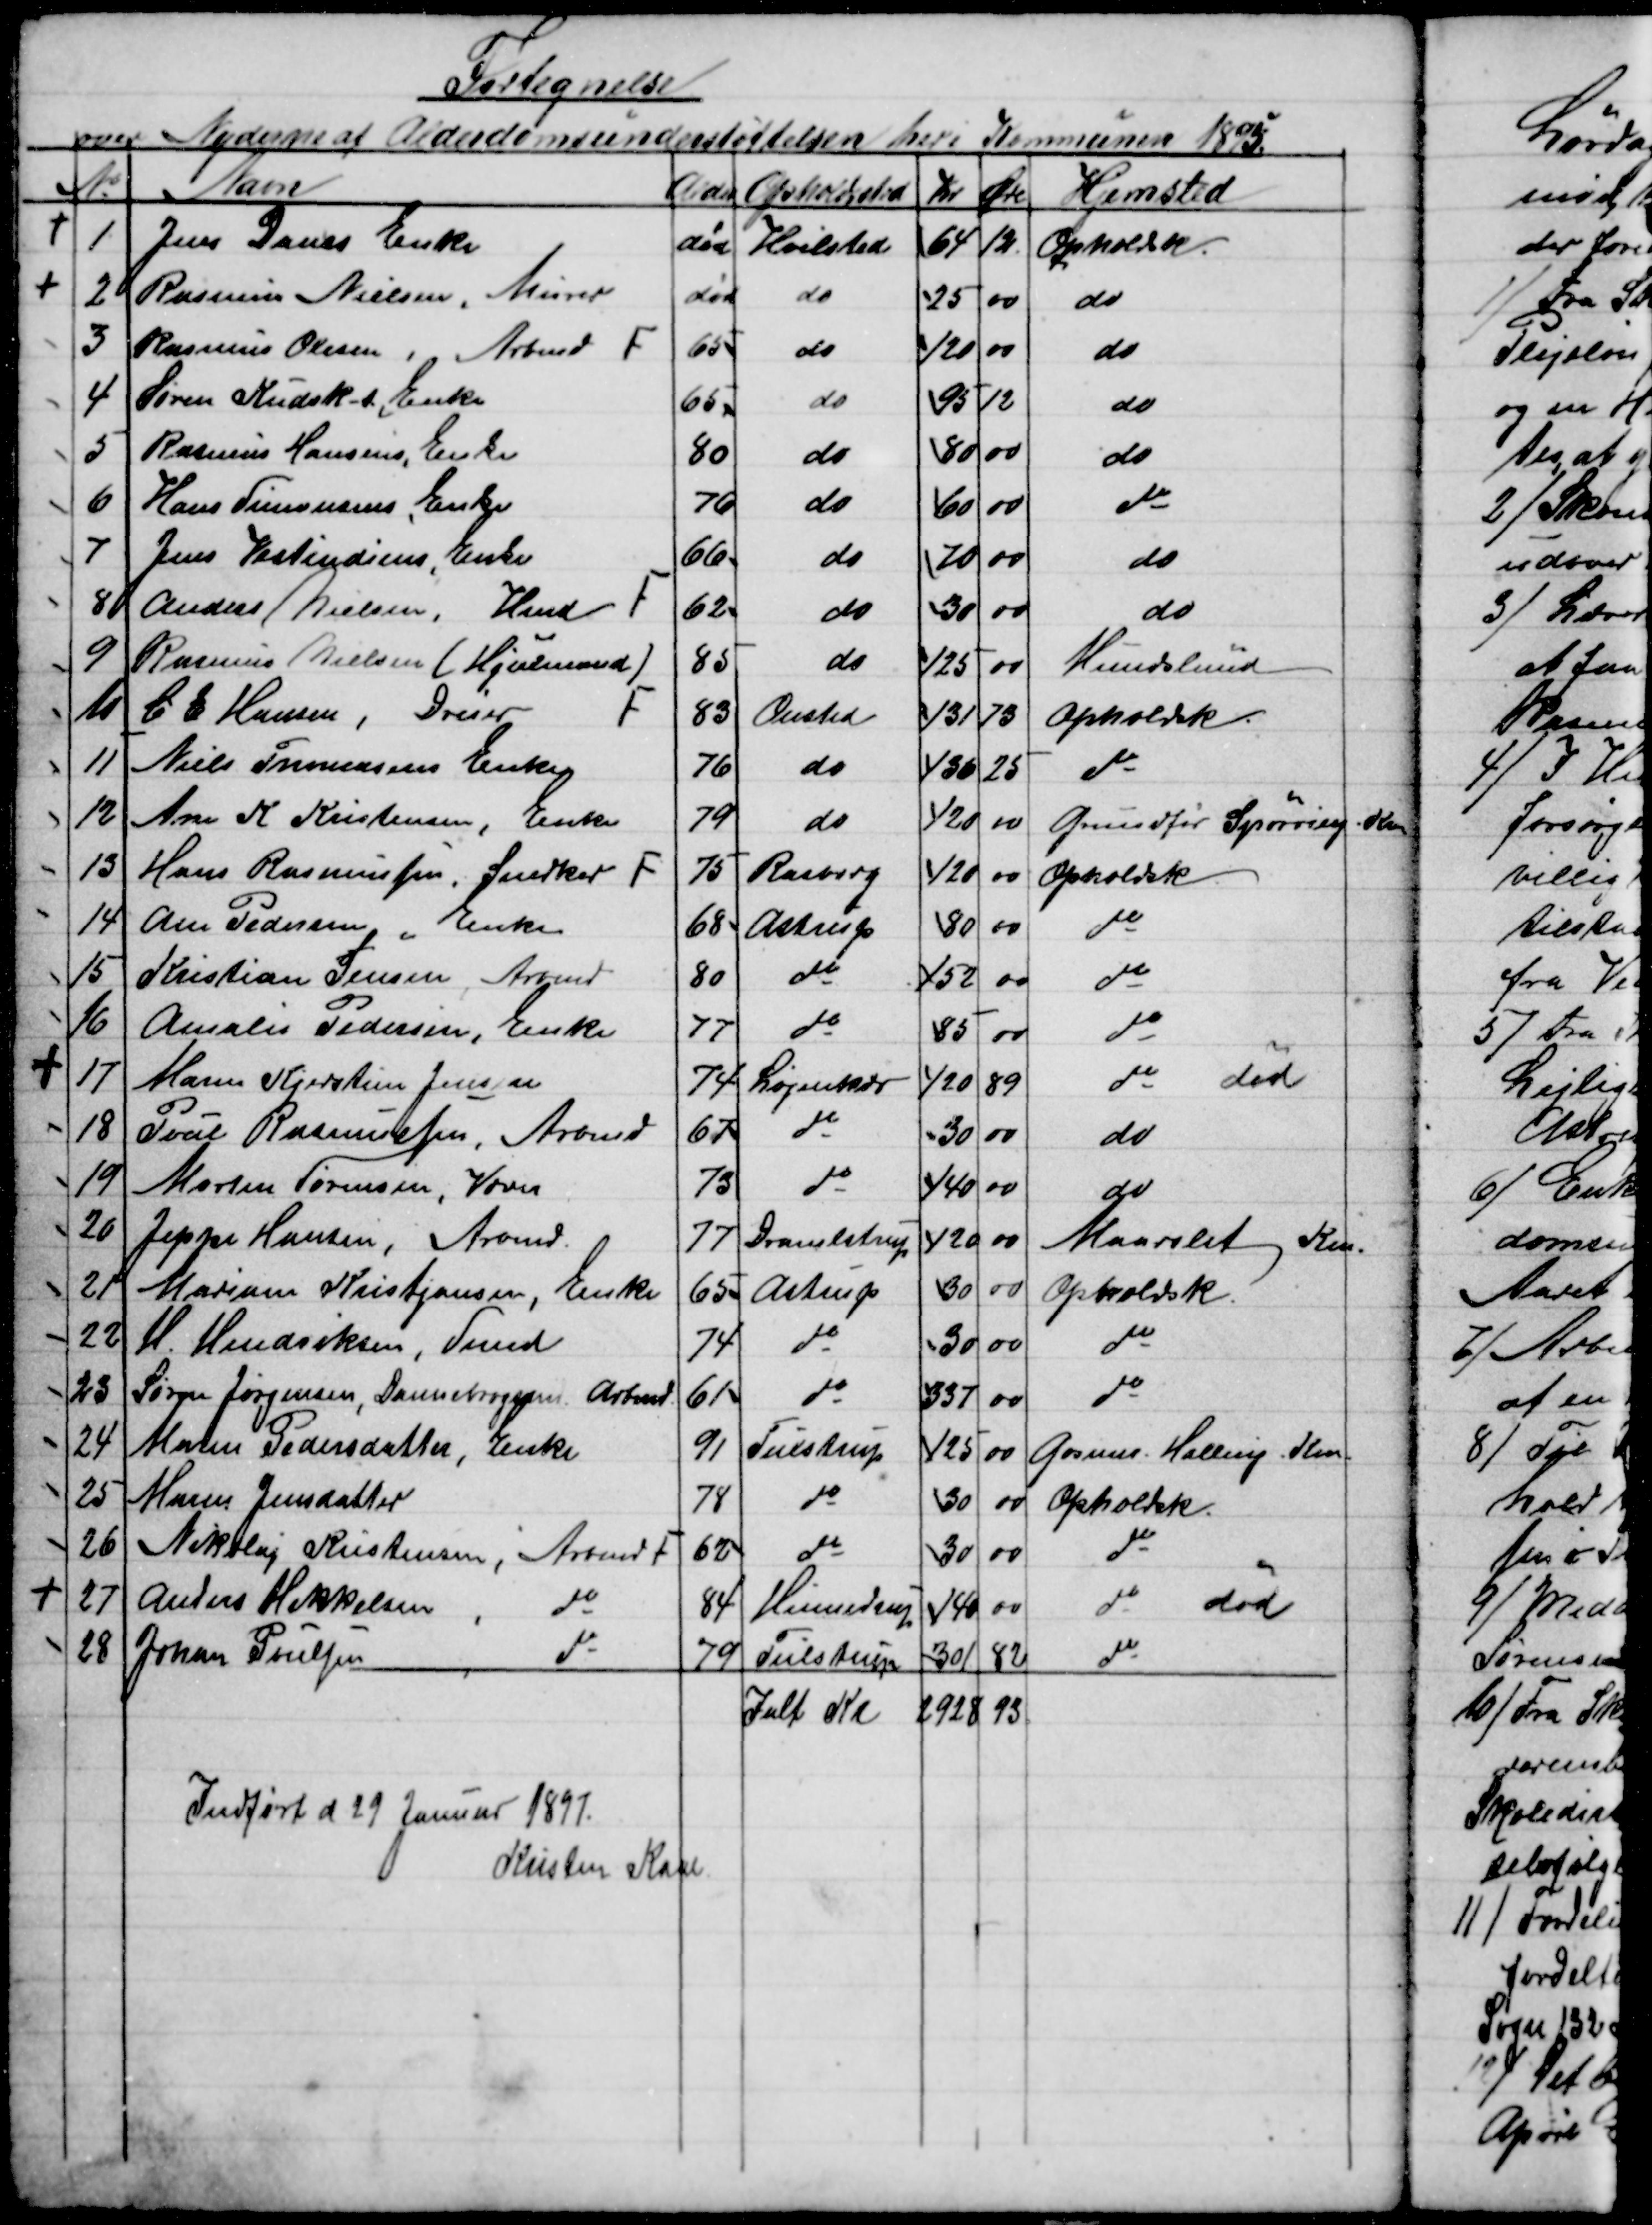
Transskription:
Fortegnelse
over Nyderne af Alderdomsunderstøttelsen heri Kommunen 1895.
№
Navn
Alder
Opholdssted
Kr
Øre
Hjemsted
1
Jens Laurs Enke
død
Hvilsted
64
12.
Opholdsk.
2
Rasmus Nielsen, Murer
død
do
25
00
do
3
Rasmus Olesen, Arbmd F
65
do
120
00
do
4
Søren Kudsk-s, Enke
65
do
95
12
do
5
Rasmus Hansens, Enke
80
do
80
00
do
6
Hans Simonsens, Enke
76
do
60
00
do
7
Jens Vestindiens, Enke
66
do
70
00
do
8
Anders Nielsen, Hmd F
62
do
30
00
do
9
Rasmus Nielsen (Hjulmand)
85
do
125
00
Hundslund
10
C. E. Hansen, Dreier 
F
83
Onsted
131
73
Opholdsk
11
Niels Tommesens Enke
76
do
136
25
do
12
Ane K. Kristensen, Enke
79
do
120
00
Grundfør Spørring Kom
13
Hans Rasmussen, Snedker F
75
Rasborg
120
00
Opholdsk
14
Ane Pedersen, Enke
68
Astrup
80
00
do
15
Kristian Jensen Arbmd
80
do
152
00
do
16
Amalie Pedersen, Enke
77
do
85
00
do
17
Marie Kjerstine Jensen
74
Løjenkær
120
89
do død
18
Poul Rasmussen, Arbmd.
67
do
30
00
do
19
Morten Sørensen, Væver
73
do
140
00
do
20
Jeppe Hansen, Arbmd.
77
Dramlstrup
120
00
Maarslet Km.
21
Mariane Kristjansen, Enke
65
Astrup
30
00
Opholdsk.
22
H. Hendriksen, Smed
74
do
30
00
do
23
Søren Jørgensen, Dannebrogsm Arbmd.
61
do
337
00
do
24
Maren Pedersdatter, Enke
91
Tulstrup
125
00
Gosmer Halling Km.
25
Maren Jensdatter
78
do
30
00 
Opholdsk
26
Nikolaj Kristensen, Arbmd F
62
do
30
00
do
27
Anders Mikkelsen
do
84
Hinnedrup
140
00
do
død
28
Johan Poulsen
do
79
Tulstrup
301
82
do
Ialt Kr
2928
93
Indført d 29 Januar 1897.
Kristen Kaae